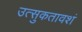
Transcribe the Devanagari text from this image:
उत्‍सुकतावशं